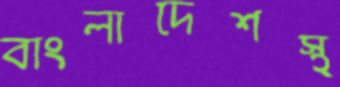
বাংলাদেশস্থ